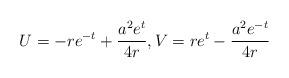
LaTeX: \begin{align*}U=-re^{-t}+\frac{a^{2}e^{t}}{4r},V=re^{t}-\frac{a^{2}e^{-t}}{4r} \end{align*}